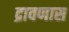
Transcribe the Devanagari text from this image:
द्रावणास